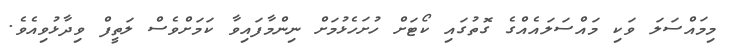
މިމައްސަލަ ވަކި މައްސަލައެއްގެ ގޮތުގައި ކޯޓަށް ހުށަހެޅުމަށް ނިންމާފައިވާ ކަމަށްވެސް ލަތީފް ވިދާޅުވިއެވެ.